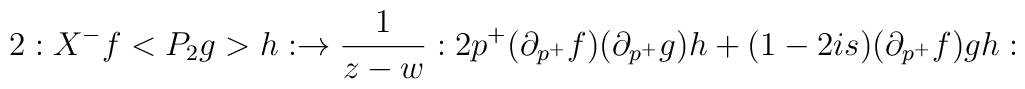
2:X^{-}f<{P_2}g>h:\rightarrow \frac 1{z-w}:2p^{+}(\partial_{p^{+}}f)(\partial _{p^{+}}g)h+(1-2is)(\partial _{p^{+}}f)gh: